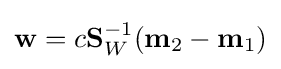
\mathbf {w} =c\mathbf {S} _{W}^{-1}(\mathbf {m} _{2}-\mathbf {m} _{1})